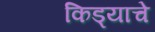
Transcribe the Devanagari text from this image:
किड्याचे